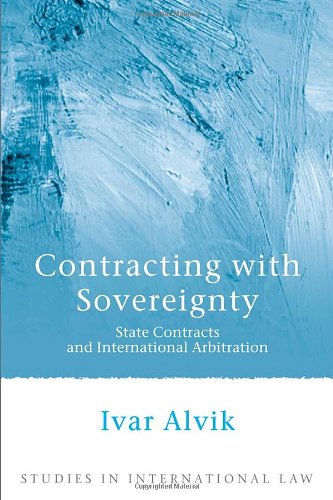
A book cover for Contracting with Sovereignty: State Contracts and International Arbitration (Studies in International Law); Ivar Alvik; Law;